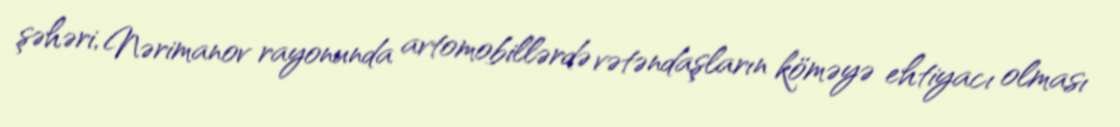
şəhəri, Nərimanov rayonunda avtomobillərdə vətəndaşların köməyə ehtiyacı olması